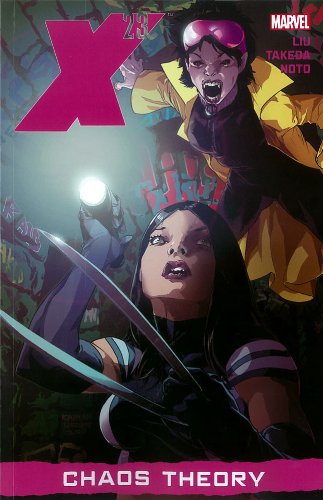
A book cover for X-23, Vol. 2: Chaos Theory; Marjorie Liu; Science & Math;